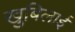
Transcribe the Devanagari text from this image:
खुबिलाई